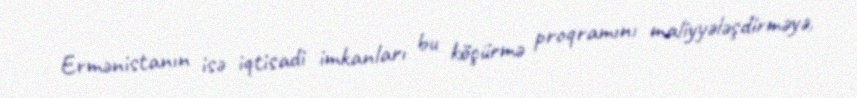
Ermənistanın isə iqtisadi imkanları bu köçürmə proqramını maliyyələşdirməyə,